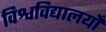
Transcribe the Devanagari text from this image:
विश्वविद्यालयोँ